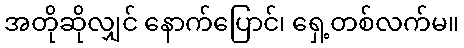
အတိုဆိုလျှင် နောက်ပြောင်၊ ရှေ့တစ်လက်မ။